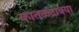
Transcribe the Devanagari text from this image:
कातळटाक्या